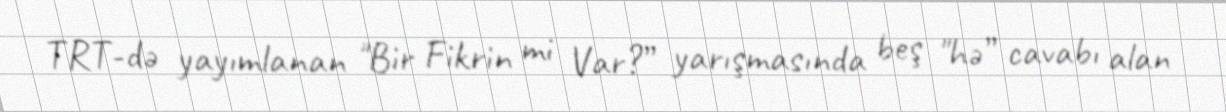
TRT-də yayımlanan "Bir Fikrin mi Var?” yarışmasında beş "hə” cavabı alan